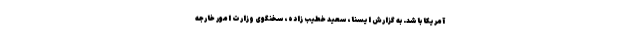
آمریکا باشد. به گزارش ایسنا، سعید خطیب زاده، سخنگوی وزارت امور خارجه